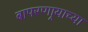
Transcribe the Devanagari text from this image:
बापरणार्‍याच्या